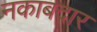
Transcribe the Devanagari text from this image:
नकाबदार